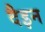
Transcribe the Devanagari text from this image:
दैइन